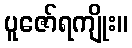
ပူဇော်ရကျိုး။